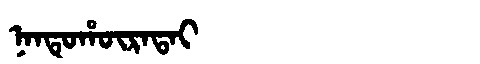
Manchu: ᠨᠠᠨᡨᡠᡥᡡᡵᠠᡨᠠᡳ
Romanization: NANTUHŪRATAI